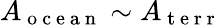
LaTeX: A_{\mathrm{~o~c~e~a~n~}}\sim A_{\mathrm{~t~e~r~r~}}